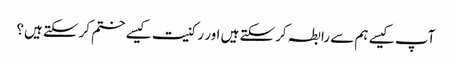
آپ کیسے ہم سے رابطہ کرسکتے ہیں اور رکنیت کیسے ختم کرسکتے ہیں؟